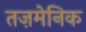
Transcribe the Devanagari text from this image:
तज़मेनिक